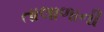
તાલાળાની